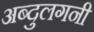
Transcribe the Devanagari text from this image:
अब्दुलगनी